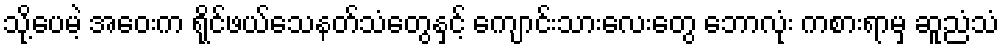
သို့ပေမဲ့ အဝေးက ရိုင်ဖယ်သေနတ်သံတွေနှင့် ကျောင်းသားလေးတွေ ဘောလုံး ကစားရာမှ ဆူညံသံ